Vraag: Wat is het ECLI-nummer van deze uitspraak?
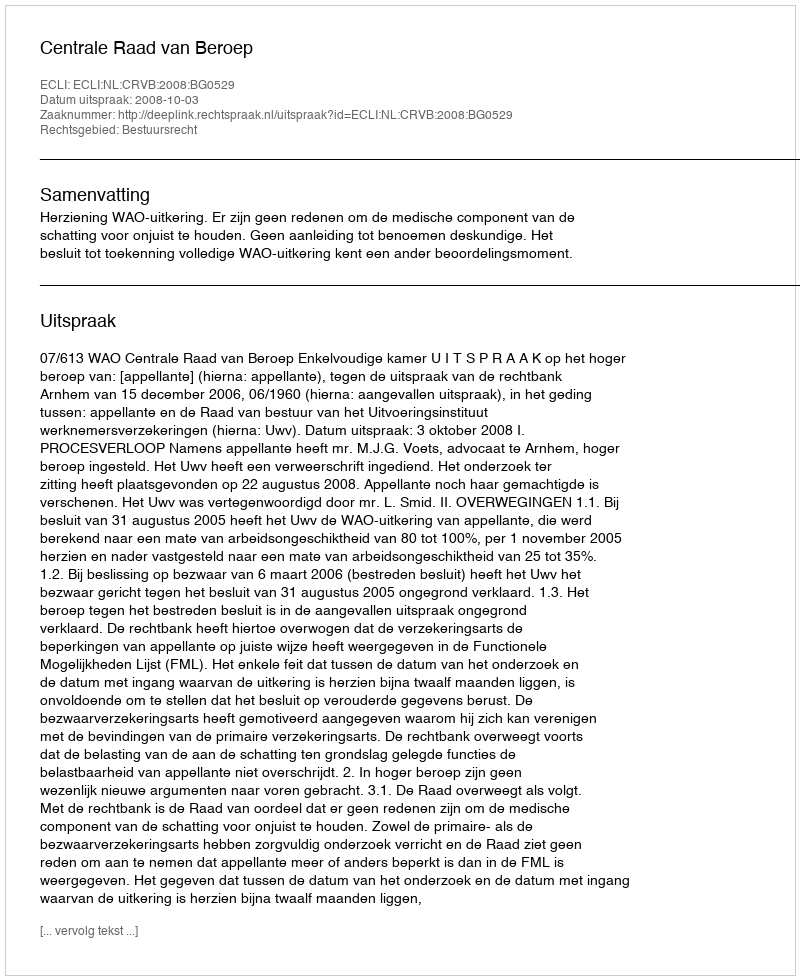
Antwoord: ECLI:NL:CRVB:2008:BG0529